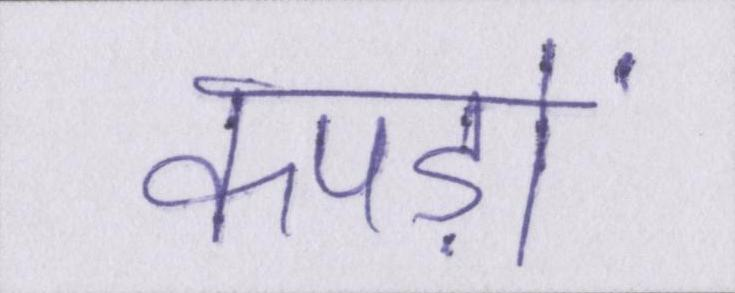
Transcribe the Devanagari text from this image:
कपड़ों